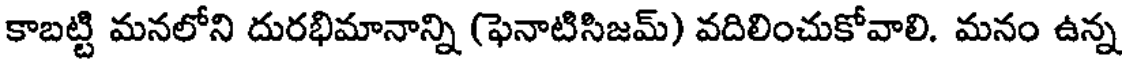
కాబట్టి మనలోని దురభిమానాన్ని (ఫెనాటిసిజమ్) వదిలించుకోవాలి. మనం ఉన్న